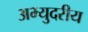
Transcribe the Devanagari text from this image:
अभ्युदरीय